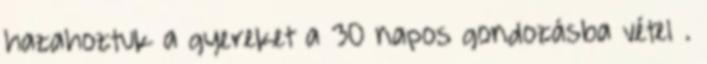
hazahoztuk a gyereket a 30 napos gondozásba vétel .